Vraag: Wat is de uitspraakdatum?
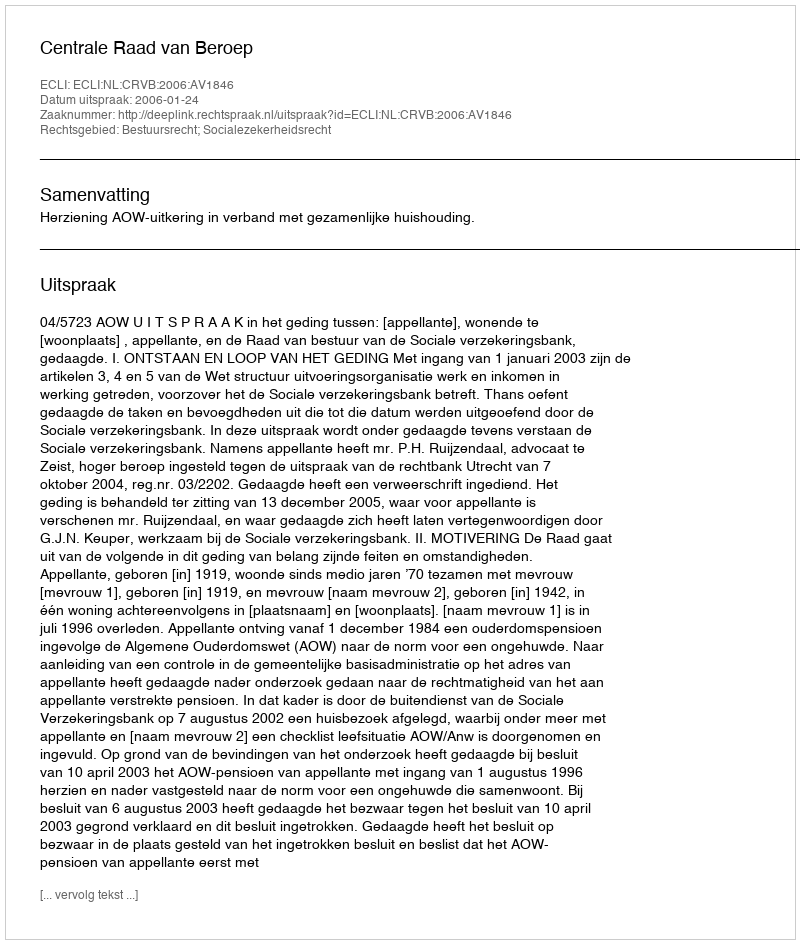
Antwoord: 2006-01-24